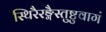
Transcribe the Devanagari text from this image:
स्थिरैरङ्गैस्तुष्टुवागं